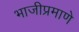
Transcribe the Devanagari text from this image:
भाजीप्रमाणे